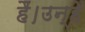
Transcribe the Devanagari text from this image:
हैं।उन्हें